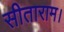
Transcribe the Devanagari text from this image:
सीताराम।